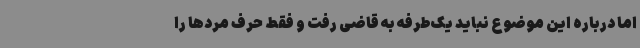
اما درباره این موضوع نباید یک‌طرفه به قاضی رفت و فقط حرف مردها را